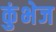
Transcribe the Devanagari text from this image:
कुंभेज